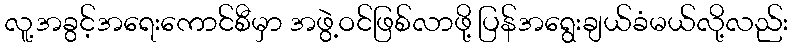
လူ့အခွင့်အရေးကောင်စီမှာ အဖွဲ့ဝင်ဖြစ်လာဖို့ ပြန်အရွေးချယ်ခံမယ်လို့လည်း